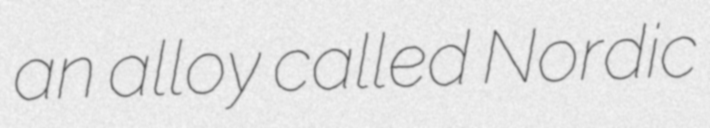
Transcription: an alloy called Nordic